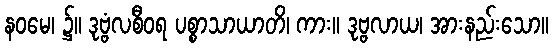
နဝမေ၊ ၌။ ဒုဗ္ဗံလစီဝရ ပစ္စာသာယာတိ၊ ကား။ ဒုဗ္ဗလာယ၊ အားနည်းသော။